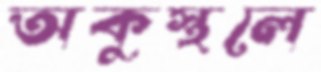
অকুস্থলে